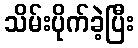
သိမ်းပိုက်ခဲ့ပြီး